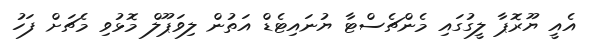
އެއީ ޔޫރޮޕާ ލީގުގައި މެންޗެސްޓާ ޔުނައިޓެޑް އަތުން ލިވަޕޫލް މޮޅުވި މެޗަށް ފަހު